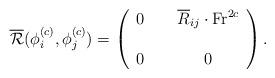
LaTeX: \begin{align*}\overline{\mathcal R}(\phi^{(c)}_i,\phi^{(c)}_j)=\left(\begin{array}{ccc}0 & \ & \overline{R}_{ij}\cdot \textup{Fr}^{2c}\\\ & \ & \ \\0 & \ & 0 \end{array}\right).\end{align*}